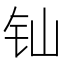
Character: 𲇯